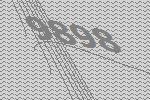
9898